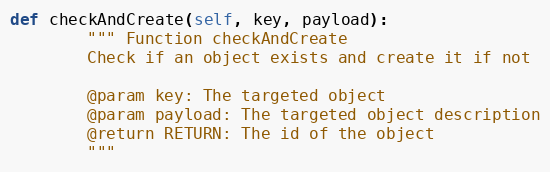
Language: Python
def checkAndCreate(self, key, payload):
        """ Function checkAndCreate
        Check if an object exists and create it if not

        @param key: The targeted object
        @param payload: The targeted object description
        @return RETURN: The id of the object
        """